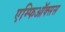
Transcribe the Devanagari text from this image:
एम्फिऑक्सस